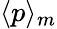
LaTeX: \langle p\rangle_{m}